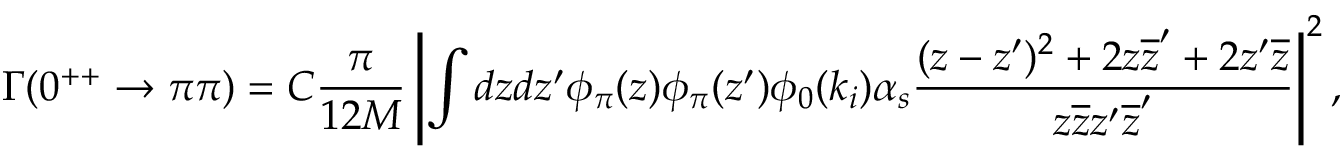
\Gamma ( 0 ^ { + + } \rightarrow \pi \pi ) = C \frac { \pi } { 1 2 M } \left| \int d z d z ^ { \prime } \phi _ { \pi } ( z ) \phi _ { \pi } ( z ^ { \prime } ) \phi _ { 0 } ( k _ { i } ) \alpha _ { s } \frac { ( z - z ^ { \prime } ) ^ { 2 } + 2 z \overline { { { z } } } ^ { \prime } + 2 z ^ { \prime } \overline { { { z } } } } { z \overline { { { z } } } z ^ { \prime } \overline { { { z } } } ^ { \prime } } \right| ^ { 2 } ,